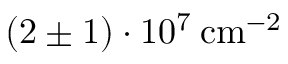
( 2 \pm 1 ) \cdot 1 0 ^ { 7 } \: \mathrm { c m } ^ { - 2 }